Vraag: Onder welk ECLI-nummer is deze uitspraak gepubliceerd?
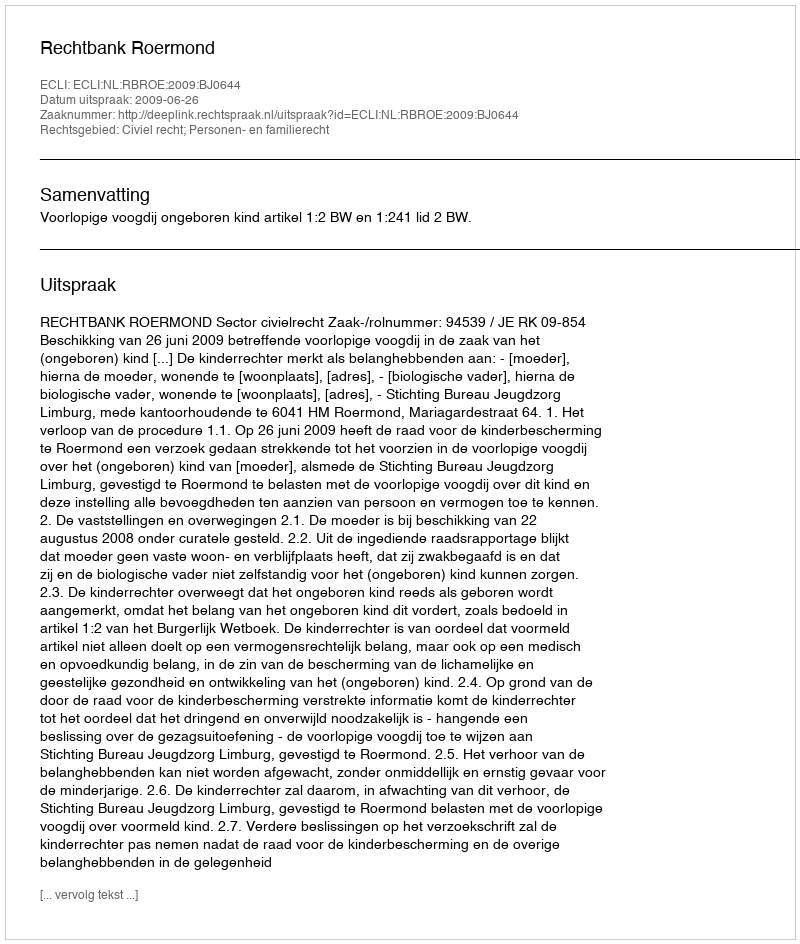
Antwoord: ECLI:NL:RBROE:2009:BJ0644